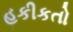
હકીકતો